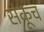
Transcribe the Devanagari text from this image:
संकूच